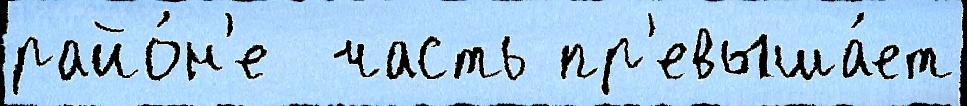
райо́н'е  часть пр'евыша́ет